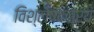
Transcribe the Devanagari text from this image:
विश्लेषकत्रय